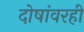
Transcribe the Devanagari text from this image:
दोषांवरही